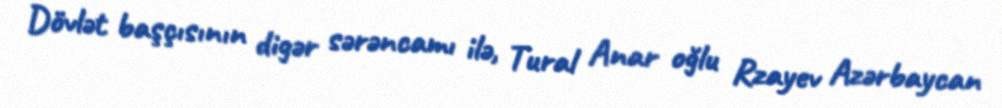
Dövlət başçısının digər sərəncamı ilə, Tural Anar oğlu Rzayev Azərbaycan